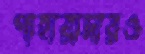
পাহারাদারও